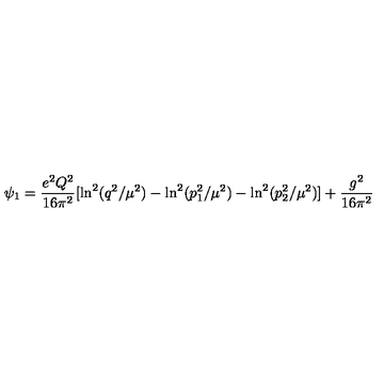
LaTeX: \psi _ { 1 } = \frac { e ^ { 2 } Q ^ { 2 } } { 1 6 \pi ^ { 2 } } [ \ln ^ { 2 } ( q ^ { 2 } / \mu ^ { 2 } ) - \ln ^ { 2 } ( p _ { 1 } ^ { 2 } / \mu ^ { 2 } ) - \ln ^ { 2 } ( p _ { 2 } ^ { 2 } / \mu ^ { 2 } ) ] + \frac { g ^ { 2 } } { 1 6 \pi ^ { 2 } }